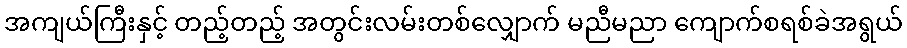
အကျယ်ကြီးနှင့် တည့်တည့် အတွင်းလမ်းတစ်လျှောက် မညီမညာ ကျောက်စရစ်ခဲအရွယ်